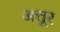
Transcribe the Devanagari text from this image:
अत्तूर